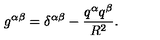
g ^ { \alpha \beta } = \delta ^ { \alpha \beta } - \frac { q ^ { \alpha } q ^ { \beta } } { R ^ { 2 } } .